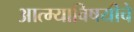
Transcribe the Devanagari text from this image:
आत्म्याविषयीचे